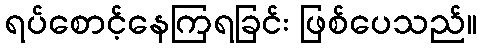
ရပ်စောင့်နေကြရခြင်း ဖြစ်ပေသည်။